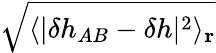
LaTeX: \sqrt{\langle|\delta h_{AB}-\delta h|^{2}\rangle_{\mathbf{r}}}